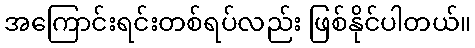
အကြောင်းရင်းတစ်ရပ်လည်း ဖြစ်နိုင်ပါတယ်။